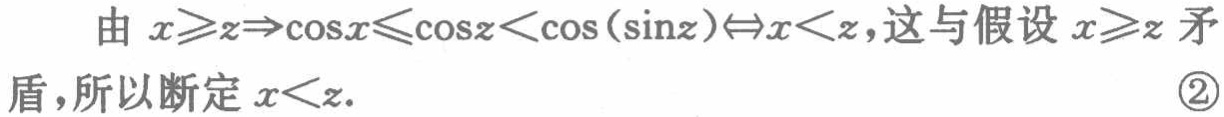
由 \(x\geqslant z\Rightarrow\cos x\leqslant\cos z<\cos(\sin z)\Leftrightarrow x<z\)，这与假设 \(x\geqslant z\) 矛盾，所以断定 \(x<z\). \textcircled{2}